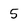
Character: 5